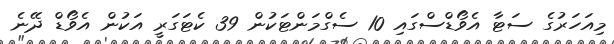
މިއަހަރުގެ ސަޓާ އެވޯޑްސްގައި 10 ސެގްމަންޓަކުން 39 ކެޓަގަރީ އަކުން އެވޯޑް ދޭނެ